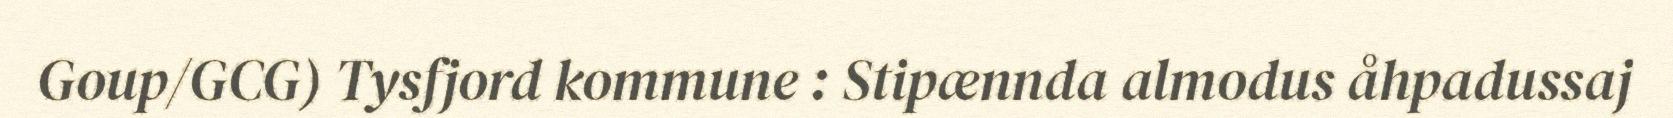
Goup/GCG) Tysfjord kommune : Stipænnda almodus åhpadussaj